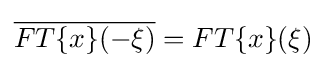
{\overline {FT\{x\}(-\xi )}}=FT\{x\}(\xi )